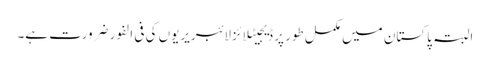
البتہ پاکستان میں مکمل طور پر ڈیجیٹلائزلائبریریوں کی فی الفور ضرورت ہے۔